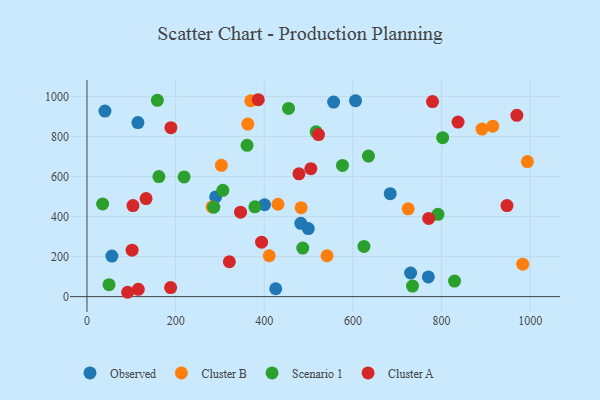
{"axis": {"x": "Engine Size", "y": "Fuel Efficiency"}, "legend": ["Cluster A", "Cluster B", "Observed", "Scenario 1"], "data": [{"x": "114.9", "y": 870.2, "type": "Observed"}, {"x": "770.1", "y": 98.3, "type": "Observed"}, {"x": "425.8", "y": 39.4, "type": "Observed"}, {"x": "499.3", "y": 340.1, "type": "Observed"}, {"x": "482.5", "y": 366.2, "type": "Observed"}, {"x": "400.5", "y": 459.4, "type": "Observed"}, {"x": "40.5", "y": 927.6, "type": "Observed"}, {"x": "290.3", "y": 498.5, "type": "Observed"}, {"x": "56.2", "y": 202.6, "type": "Observed"}, {"x": "556.4", "y": 972.8, "type": "Observed"}, {"x": "730.1", "y": 118.0, "type": "Observed"}, {"x": "605.9", "y": 979.5, "type": "Observed"}, {"x": "684.1", "y": 514.6, "type": "Observed"}, {"x": "993.5", "y": 675.3, "type": "Cluster B"}, {"x": "541.5", "y": 204.3, "type": "Cluster B"}, {"x": "891.2", "y": 837.8, "type": "Cluster B"}, {"x": "983.0", "y": 162.0, "type": "Cluster B"}, {"x": "430.9", "y": 461.9, "type": "Cluster B"}, {"x": "724.6", "y": 438.9, "type": "Cluster B"}, {"x": "915.4", "y": 852.4, "type": "Cluster B"}, {"x": "282.2", "y": 448.4, "type": "Cluster B"}, {"x": "411.2", "y": 204.4, "type": "Cluster B"}, {"x": "369.4", "y": 979.3, "type": "Cluster B"}, {"x": "303.2", "y": 656.3, "type": "Cluster B"}, {"x": "362.8", "y": 862.9, "type": "Cluster B"}, {"x": "483.2", "y": 444.7, "type": "Cluster B"}, {"x": "829.2", "y": 77.6, "type": "Scenario 1"}, {"x": "378.8", "y": 448.7, "type": "Scenario 1"}, {"x": "791.8", "y": 411.3, "type": "Scenario 1"}, {"x": "624.8", "y": 251.1, "type": "Scenario 1"}, {"x": "454.7", "y": 940.8, "type": "Scenario 1"}, {"x": "734.4", "y": 52.7, "type": "Scenario 1"}, {"x": "576.4", "y": 655.9, "type": "Scenario 1"}, {"x": "516.9", "y": 823.9, "type": "Scenario 1"}, {"x": "635.0", "y": 702.5, "type": "Scenario 1"}, {"x": "49.7", "y": 59.9, "type": "Scenario 1"}, {"x": "219.1", "y": 598.4, "type": "Scenario 1"}, {"x": "306.5", "y": 531.2, "type": "Scenario 1"}, {"x": "35.3", "y": 463.1, "type": "Scenario 1"}, {"x": "486.8", "y": 242.7, "type": "Scenario 1"}, {"x": "158.8", "y": 981.6, "type": "Scenario 1"}, {"x": "286.1", "y": 447.3, "type": "Scenario 1"}, {"x": "361.1", "y": 756.3, "type": "Scenario 1"}, {"x": "802.4", "y": 794.8, "type": "Scenario 1"}, {"x": "162.2", "y": 600.0, "type": "Scenario 1"}, {"x": "969.8", "y": 906.5, "type": "Cluster A"}, {"x": "189.4", "y": 844.8, "type": "Cluster A"}, {"x": "522.3", "y": 810.1, "type": "Cluster A"}, {"x": "133.3", "y": 490.3, "type": "Cluster A"}, {"x": "346.4", "y": 422.3, "type": "Cluster A"}, {"x": "321.2", "y": 174.4, "type": "Cluster A"}, {"x": "101.8", "y": 232.4, "type": "Cluster A"}, {"x": "779.5", "y": 975.0, "type": "Cluster A"}, {"x": "770.9", "y": 391.0, "type": "Cluster A"}, {"x": "478.2", "y": 614.0, "type": "Cluster A"}, {"x": "947.5", "y": 455.2, "type": "Cluster A"}, {"x": "115.7", "y": 36.2, "type": "Cluster A"}, {"x": "505.0", "y": 639.5, "type": "Cluster A"}, {"x": "393.9", "y": 272.1, "type": "Cluster A"}, {"x": "103.7", "y": 455.1, "type": "Cluster A"}, {"x": "91.8", "y": 21.7, "type": "Cluster A"}, {"x": "837.1", "y": 872.9, "type": "Cluster A"}, {"x": "188.7", "y": 45.2, "type": "Cluster A"}, {"x": "386.3", "y": 984.4, "type": "Cluster A"}]}